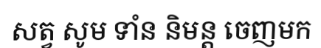
សត្វ សូម ទាំន និមន្ត ចេញមក